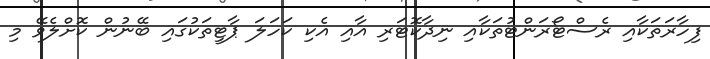
ފިހާރަތަކާއި ރެސްޓޯރަންޓުތަކާއި ނިދާކޮޓަރި އާއި އެކި ކަހަލަ ޕާޓީތަކުގައި ބޭނުން ކޮށްލެވޭ މި